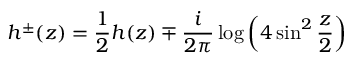
h ^ { \pm } ( z ) = \frac { 1 } { 2 } h ( z ) \mp \frac { i } { 2 \pi } \log \left( 4 \sin ^ { 2 } \frac { z } { 2 } \right)